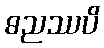
ဓညဿပိ